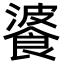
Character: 𩜥